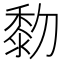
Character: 𪏯